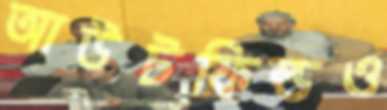
আউটফিল্ডও